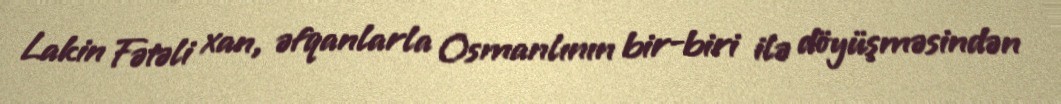
Lakin Fətəli xan, əfqanlarla Osmanlının bir-biri ilə döyüşməsindən